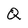
Character: Q